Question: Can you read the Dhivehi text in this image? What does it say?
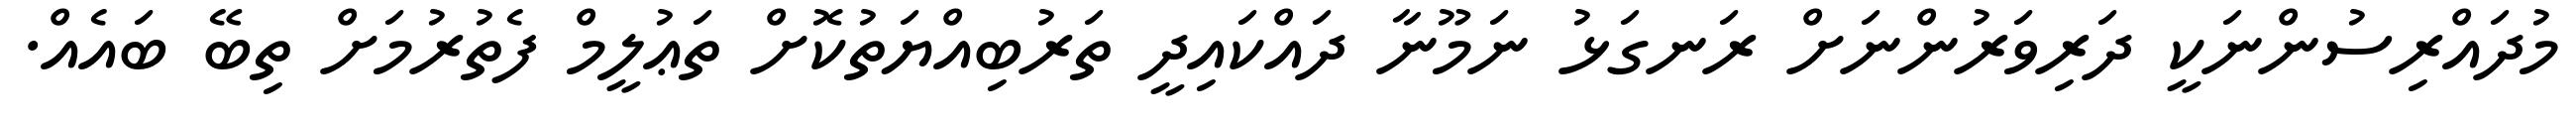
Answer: މުދައްރިސުންނަކީ ދަރިވަރުންނަށް ރަނގަޅު ނަމޫނާ ދައްކައިދީ ތަރުބިއްޔަތުކޮށް ތަޢުލީމް ފެތުރުމަށް ތިބޭ ބައެއް.